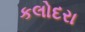
કલોદરા